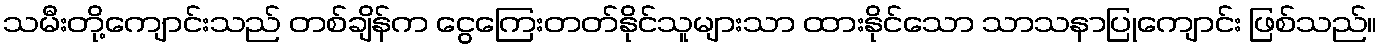
သမီးတို့ကျောင်းသည် တစ်ချိန်က ငွေကြေးတတ်နိုင်သူများသာ ထားနိုင်သော သာသနာပြုကျောင်း ဖြစ်သည်။